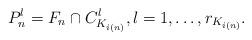
LaTeX: \begin{align*} P_n^l = F_n \cap C_{K_{i(n)}}^l, l = 1, \ldots, r_{K_{i(n)}}. \end{align*}